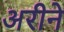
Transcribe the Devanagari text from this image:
अरीने